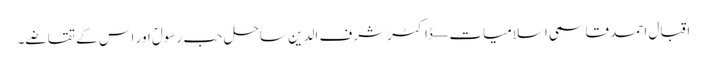
اقبال احمد قاسمی اسلامیات — ڈاکٹر شرف الدین ساحل حب رسولؐ اور اس کے تقاضے۔